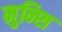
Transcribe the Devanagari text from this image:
मुन्शि